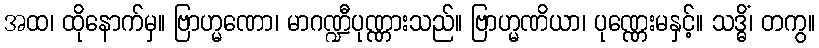
အထ၊ ထိုနောက်မှ။ ဗြာဟ္မဏော၊ မာဂဏ္ဍီပုဏ္ဏားသည်။ ဗြာဟ္မဏိယာ၊ ပုဏ္ဏေးမနှင့်။ သဒ္ဓိံ၊ တကွ။